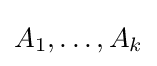
A_{1},\dots ,A_{k}